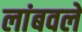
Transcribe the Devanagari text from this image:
लांबवले